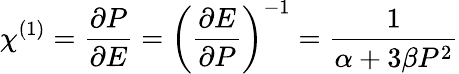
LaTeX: \chi^{(1)}=\frac{\partial P}{\partial E}=\left(\frac{\partial E}{\partial P}\right)^{-1}=\frac{1}{\alpha+3\beta P^{2}}